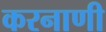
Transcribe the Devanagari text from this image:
करनाणी